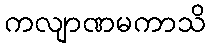
ကလျာဏမကာသိ